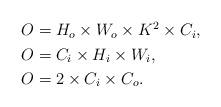
LaTeX: \begin{align*}\begin{aligned} O_{} &= H_{o} \times W_{o} \times K^{2} \times C_{i}, \\ O_{} &= C_{i} \times H_{i} \times W_{i}, \\ O_{} &= 2 \times C_{i} \times C_{o}. \end{aligned}\end{align*}